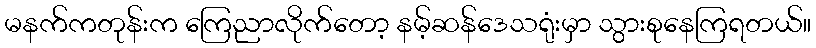
မနက်ကတုန်းက ကြေညာလိုက်တော့ နမ့်ဆန်ဒေသရုံးမှာ သွားစုနေကြရတယ်။